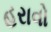
હરાવો